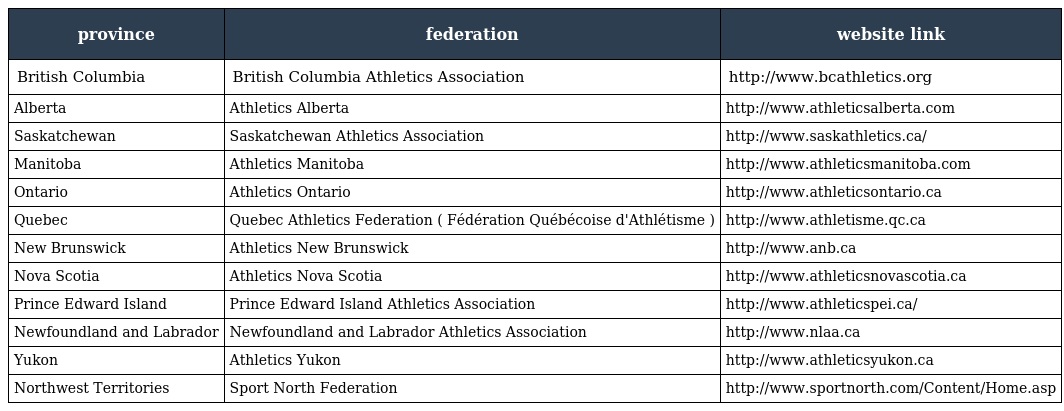
| province | federation | website link |
 | --- | --- | --- |
 | British Columbia | British Columbia Athletics Association | http://www.bcathletics.org |
 | Alberta | Athletics Alberta | http://www.athleticsalberta.com |
 | Saskatchewan | Saskatchewan Athletics Association | http://www.saskathletics.ca/ |
 | Manitoba | Athletics Manitoba | http://www.athleticsmanitoba.com |
 | Ontario | Athletics Ontario | http://www.athleticsontario.ca |
 | Quebec | Quebec Athletics Federation ( Fédération Québécoise d'Athlétisme ) | http://www.athletisme.qc.ca |
 | New Brunswick | Athletics New Brunswick | http://www.anb.ca |
 | Nova Scotia | Athletics Nova Scotia | http://www.athleticsnovascotia.ca |
 | Prince Edward Island | Prince Edward Island Athletics Association | http://www.athleticspei.ca/ |
 | Newfoundland and Labrador | Newfoundland and Labrador Athletics Association | http://www.nlaa.ca |
 | Yukon | Athletics Yukon | http://www.athleticsyukon.ca |
 | Northwest Territories | Sport North Federation | http://www.sportnorth.com/Content/Home.asp |